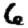
Digit: 6